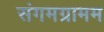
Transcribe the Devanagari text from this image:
संगमग्रामम